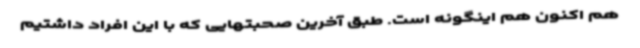
هم اکنون هم اینگونه است. طبق آخرین صحبتهایی که با این افراد داشتیم